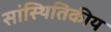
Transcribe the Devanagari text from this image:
सांस्थितिकीय